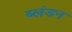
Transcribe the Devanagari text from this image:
ब्लंडन